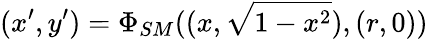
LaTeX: (x^{\prime},y^{\prime})=\Phi_{SM}((x,\sqrt{1-x^{2}}),(r,0))